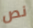
نص